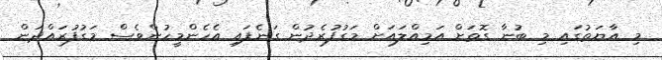
މި އާޔަތުގައި މި ބުނާ ގޮތަށް އަމިއްލައަށް މަގުފުރެދުން ގަނެފައި އެހެންމީހުންވެސް މަގުފުރައްދަން